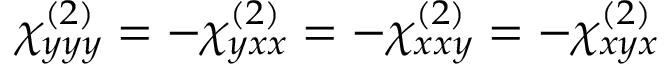
\chi _ { y y y } ^ { ( 2 ) } = - \chi _ { y x x } ^ { ( 2 ) } = - \chi _ { x x y } ^ { ( 2 ) } = - \chi _ { x y x } ^ { ( 2 ) }